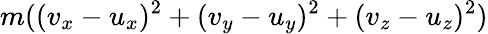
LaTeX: m((v_{x}-u_{x})^{2}+(v_{y}-u_{y})^{2}+(v_{z}-u_{z})^{2})